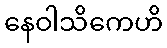
နေဝါသိကေဟိ